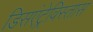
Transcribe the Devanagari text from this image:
डिसएंट्रेविस्तास